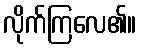
လိုက်ကြလေ၏။